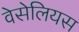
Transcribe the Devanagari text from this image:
वेसेलियस